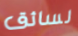
لسائق